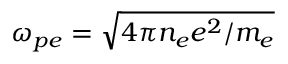
\omega _ { p e } = \sqrt { 4 \pi n _ { e } e ^ { 2 } / m _ { e } }